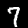
Digit: 7